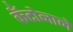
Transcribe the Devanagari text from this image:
कँटोनाने